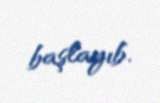
başlayıb.